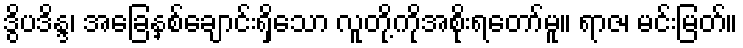
ဒွိပဒိန္ဒ၊ အခြေနှစ်ချောင်းရှိသော လူတို့ကိုအစိုးရတော်မူ။ ရာဇ၊ မင်းမြတ်။